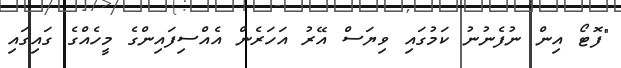
"ފޮޓޯ އިން ނުފެނުނު ކަމުގައި ވިޔަސް އޭރު އަހަރެން އެއްސިފައިންގެ މީހެއްގެ ގައިގައި